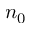
n _ { 0 }